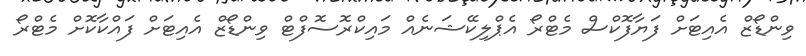
ވިންޑޯޒް އެއިޓަށް ފަޔާފޮކްސް މެޓްރޯ އެޕްލިކޭޝަނެއް މައިކްރޮސޮފްޓް ވިންޑޯޒް އެއިޓަށް ފައްކާކޮށް މެޓްރޯ